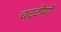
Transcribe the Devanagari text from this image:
चट्टीयों